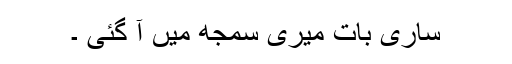
ساری بات میری سمجھ میں آ گئی ۔